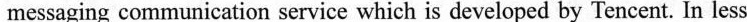
messaging communication service which is developed by Tencent. In less